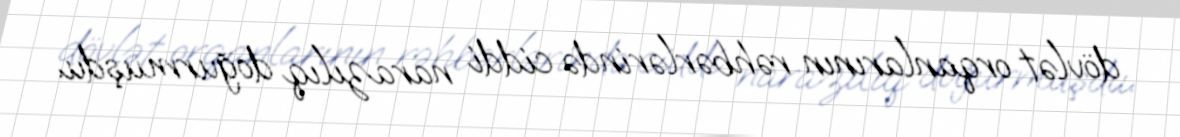
dövlət orqanlarının rəhbərlərində ciddi narazılıq doğurmuşdu.